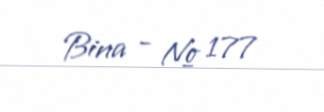
Bina - № 177